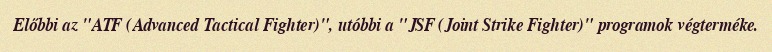
Előbbi az "ATF (Advanced Tactical Fighter)", utóbbi a "JSF (Joint Strike Fighter)" programok végterméke.